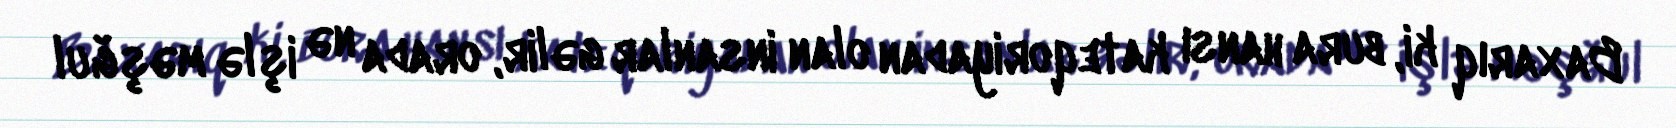
Baxarıq ki, bura hansı kateqoriyadan olan insanlar gəlir, orada nə işlə məşğul